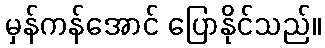
မှန်ကန်အောင် ပြောနိုင်သည်။